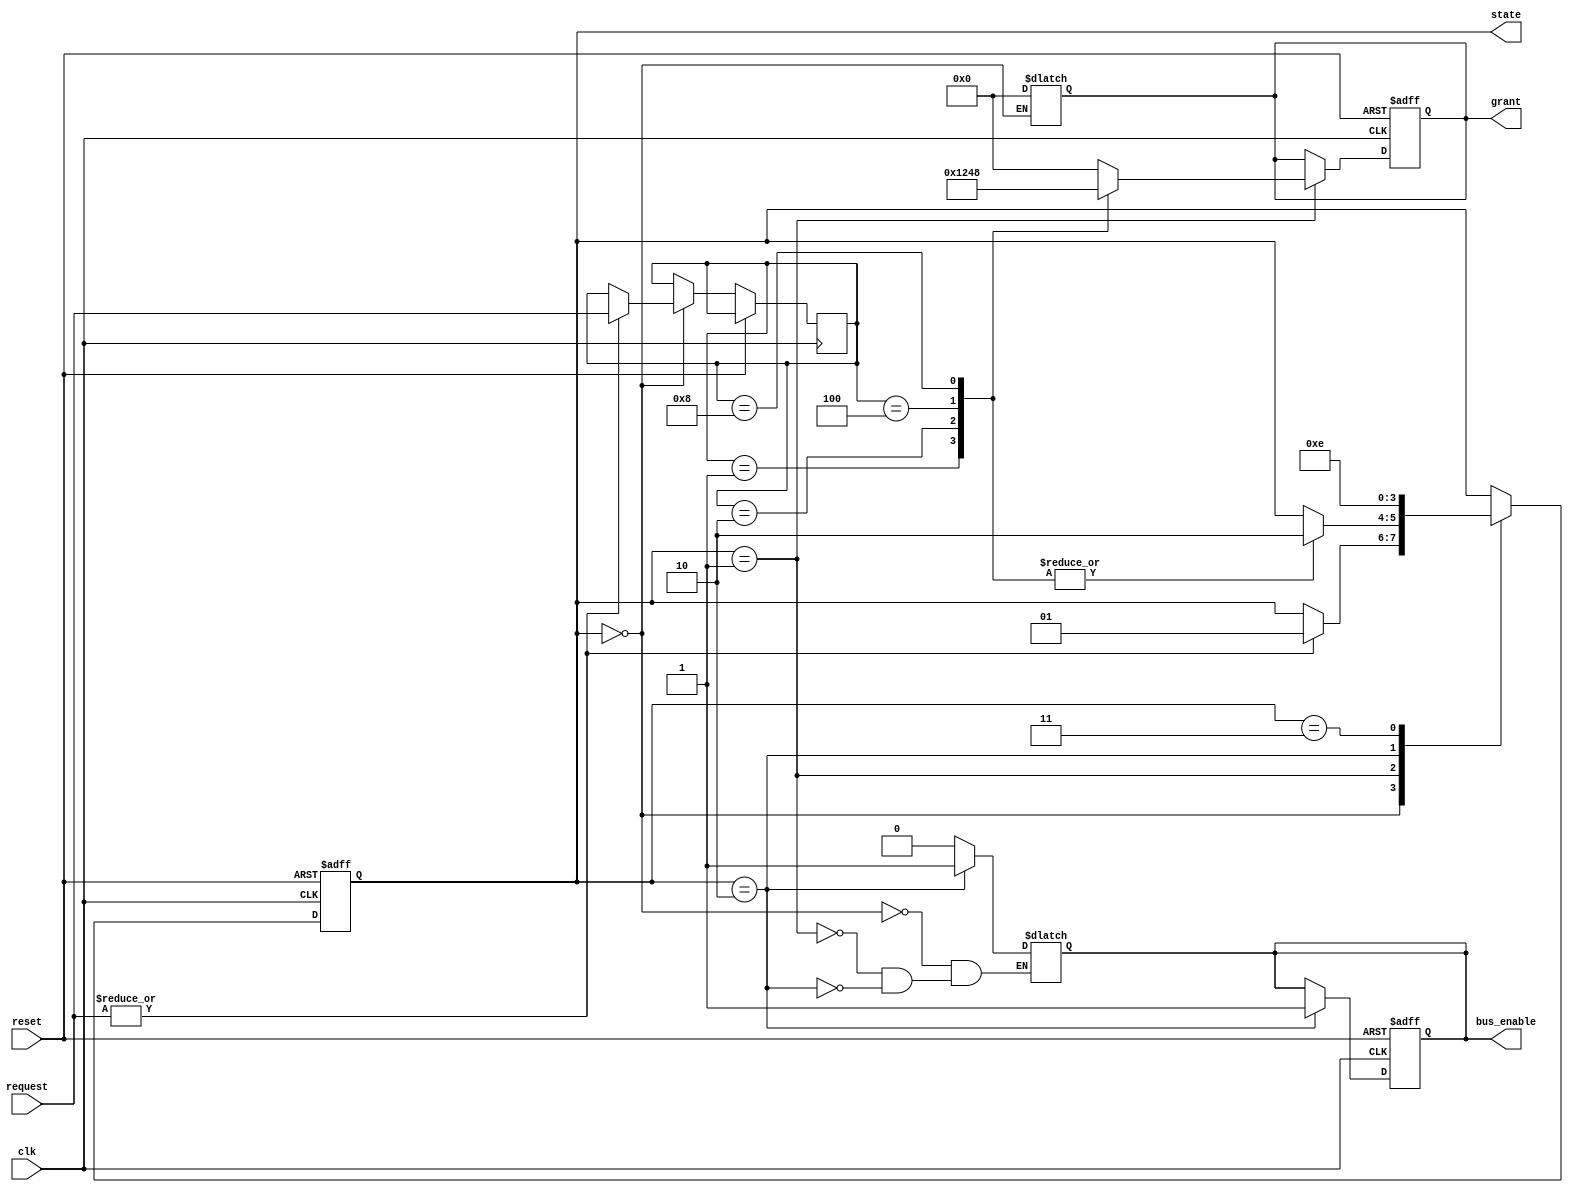
module bus_controller (
    input wire clk,               // Clock signal
    input wire reset,             // Reset signal
    input wire [3:0] request,     // Request signals from 4 devices
    output reg [3:0] grant,        // Grant signal for the devices
    output reg bus_enable,         // Bus control signal: 1 for data transfer, 0 otherwise
    output reg [1:0] state        // Current state of the bus controller
);

// State encoding
localparam IDLE    = 2'b00,
           REQUEST = 2'b01,
           GRANT   = 2'b10,
           TRANSFER = 2'b11;

// Internal variables
reg [3:0] priority_request;

// State transition on clock edge
always @(posedge clk or posedge reset) begin
    if (reset) begin
        state <= IDLE; // Go to idle state on reset
        grant <= 4'b0000; // No device granted access
        bus_enable <= 0; // Bus is not enabled
    end else begin
        case (state)
            IDLE: begin
                if (|request) begin // Check if any device has made a request
                    state <= REQUEST;
                    priority_request <= request; // Store current requests
                end
            end
            
            REQUEST: begin
                // Simple priority scheme: lowest-numbered device gets access first
                case (priority_request)
                    4'b0001: begin
                        grant <= 4'b0001; // Grant access to device 0
                        state <= GRANT;
                    end
                    4'b0010: begin
                        grant <= 4'b0010; // Grant access to device 1
                        state <= GRANT;
                    end
                    4'b0100: begin
                        grant <= 4'b0100; // Grant access to device 2
                        state <= GRANT;
                    end
                    4'b1000: begin
                        grant <= 4'b1000; // Grant access to device 3
                        state <= GRANT;
                    end
                    default: begin
                        grant <= 4'b0000; // No valid request
                    end
                endcase
            end
            
            GRANT: begin
                bus_enable <= 1; // Enable bus for transfer
                state <= TRANSFER; // Move to transfer state
            end
            
            TRANSFER: begin
                // Logic for data transfer would be implemented here
                // For now, just move to release after one clock cycle
                state <= GRANT; // You can add a condition for transfer completion
            end
            
            default: state <= IDLE; // Fallback to idle state
        endcase
    end
end

// Grant signal management in state-dependent manner
always @(state) begin
    case (state)
        IDLE: begin
            grant <= 4'b0000; // No device granted
            bus_enable <= 0; // Bus is not enabled
        end
        REQUEST: begin
            bus_enable <= 0; // Bus is not enabled
        end
        GRANT: begin
            bus_enable <= 1; // Bus is enabled when granting
        end
        TRANSFER: begin
            // Keep bus enabled as long as in transfer state
        end
    endcase
end

endmodule